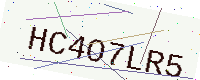
Text: HC4O7LR5